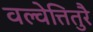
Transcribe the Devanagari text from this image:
वल्वेत्तितुरै